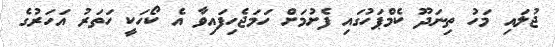
ޖުލައި މަހު ތިނަދޫ ކެމްޕަހުގައި ފެށުމަށް ހަމަޖެހިފައިވާ އެ ކޯހަކީ ހަތަރު އަހަރުގެ